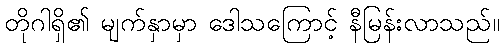
တိုဂါရှိ၏ မျက်နှာမှာ ဒေါသကြောင့် နီမြန်းလာသည်။